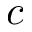
c